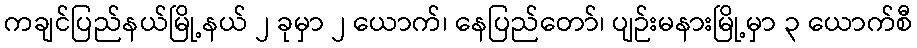
ကချင်ပြည်နယ်မြို့နယ် ၂ ခုမှာ ၂ ယောက်၊ နေပြည်တော်၊ ပျဉ်းမနားမြို့မှာ ၃ ယောက်စီ